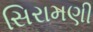
સિરામણી